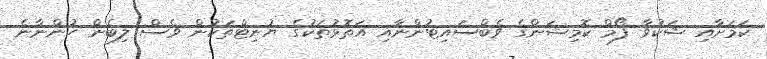
ކަމަށާއި ޝަކުވާ ފޯމް ކޮމިޝަންގެ ވެބްސައިޓުންނާއި އަތޮޅުތަކުގެ ޔުނިޓްތަކުން ވެސް ލިބެން ހުންނާނެ